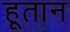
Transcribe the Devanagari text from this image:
हूतान